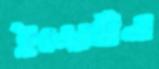
ইন্দোচীনা